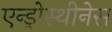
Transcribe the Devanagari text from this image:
एन्ड्रोस्थीनेस